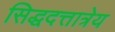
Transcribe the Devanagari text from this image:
सिद्धदत्तात्रेय